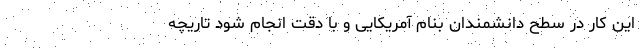
این کار در سطح دانشمندان بنام آمریکایی و با دقت انجام شود تاریچه